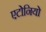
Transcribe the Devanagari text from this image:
एटोनियो